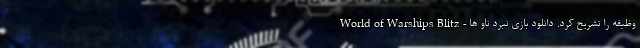
وظیفه را تشریح کرد. دانلود بازی نبرد ناو ها - World of Warships Blitz